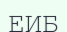
ЕИБ